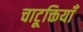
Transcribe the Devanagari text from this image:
चाटूक्तियाँ